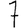
Digit: 7